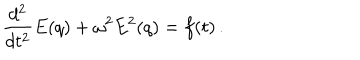
\frac { d ^ { 2 } } { d t ^ { 2 } } E ( q ) + \omega ^ { 2 } E ^ { 2 } ( q ) = f ( t ) \, .